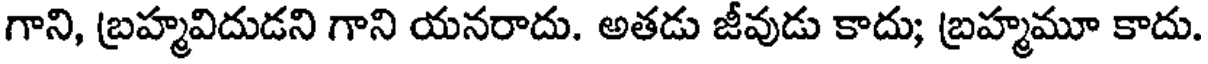
గాని, బ్రహ్మవిదుడని గాని యనరాదు. అతడు జీవుడు కాదు; బ్రహ్మమూ కాదు.